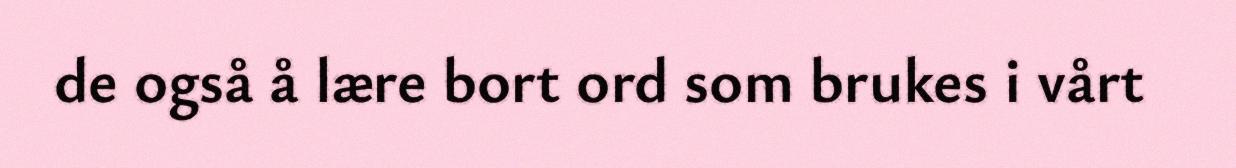
de også å lære bort ord som brukes i vårt